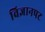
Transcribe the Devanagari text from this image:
विज्ञानपट